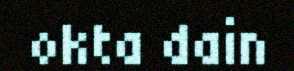
okta dain